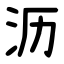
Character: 沥